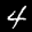
Label: 4